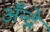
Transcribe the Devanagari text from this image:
अँन्द्रे